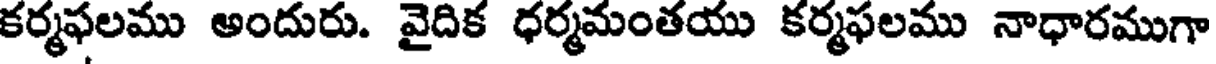
కర్మఫలము అందురు. వైదిక ధర్మమంతయు కర్మఫలము నాధారముగా